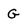
Character: G